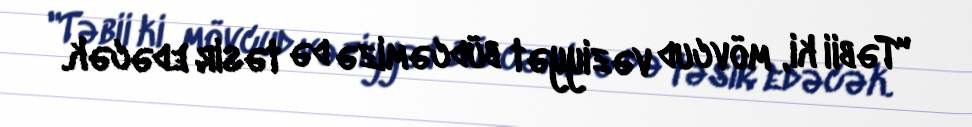
"Təbii ki, mövcud vəziyyət büdcəmizə də təsir edəcək.